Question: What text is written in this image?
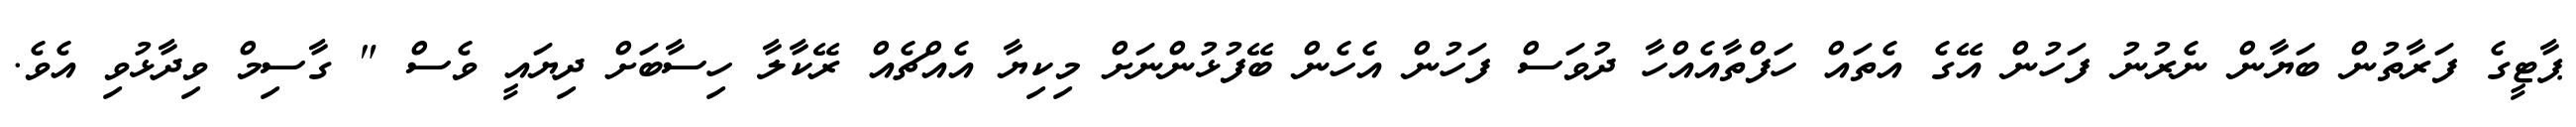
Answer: ޕާޓީގެ ފަރާތުން ބަޔާން ނެރުނު ފަހުން އޭގެ އެތައް ހަފްތާއެއްހާ ދުވަސް ފަހުން އެހެން ބޭފުޅުންނަށް މިކިޔާ އެއްޗެއް ރޭކާލާ ހިސާބަށް ދިޔައީ ވެސް " ގާސިމް ވިދާޅުވި އެވެ.